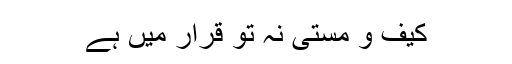
کیف و مستی نہ تو قرار میں ہے